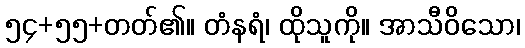
၅၄+၅၅+တတ်၏။ တံနရံ၊ ထိုသူကို။ အာသီဝိသော၊